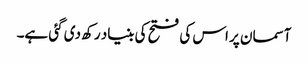
آسمان پر اس کی فتح کی بنیاد رکھ دی گئی ہے۔